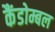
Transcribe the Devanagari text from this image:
कैंडोम्बल